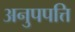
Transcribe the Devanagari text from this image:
अनुपपत्ति